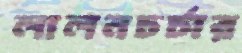
লালনচর্চার